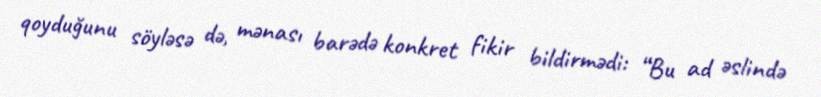
qoyduğunu söyləsə də, mənası barədə konkret fikir bildirmədi: “Bu ad əslində